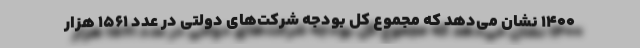
۱۴۰۰ نشان می‌دهد که مجموع کل بودجه شرکت‌های دولتی در عدد ۱۵۶۱ هزار